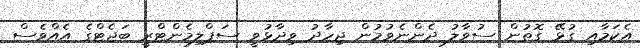
އެކަމާއި ގުޅޭ ގޮތުން ސުވާލު ދެންނެވުމުން ޖިހާދު ވިދާޅުވީ ސަޕްލިމެންޓްރީ ބަޖެޓްގެ އެއްވެސް